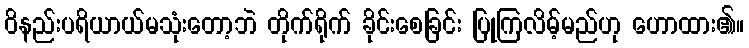
ဝိနည်းပရိယာယ်မသုံးတော့ဘဲ တိုက်ရိုက် ခိုင်းစေခြင်း ပြုကြလိမ့်မည်ဟု ဟောထား၏။